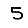
Digit: 5